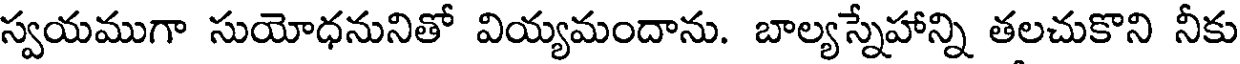
స్వయముగా సుయోధనునితో వియ్యమందాను. బాల్యస్నేహాన్ని తలచుకొని నీకు